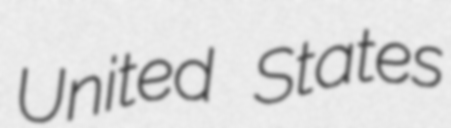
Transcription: United States